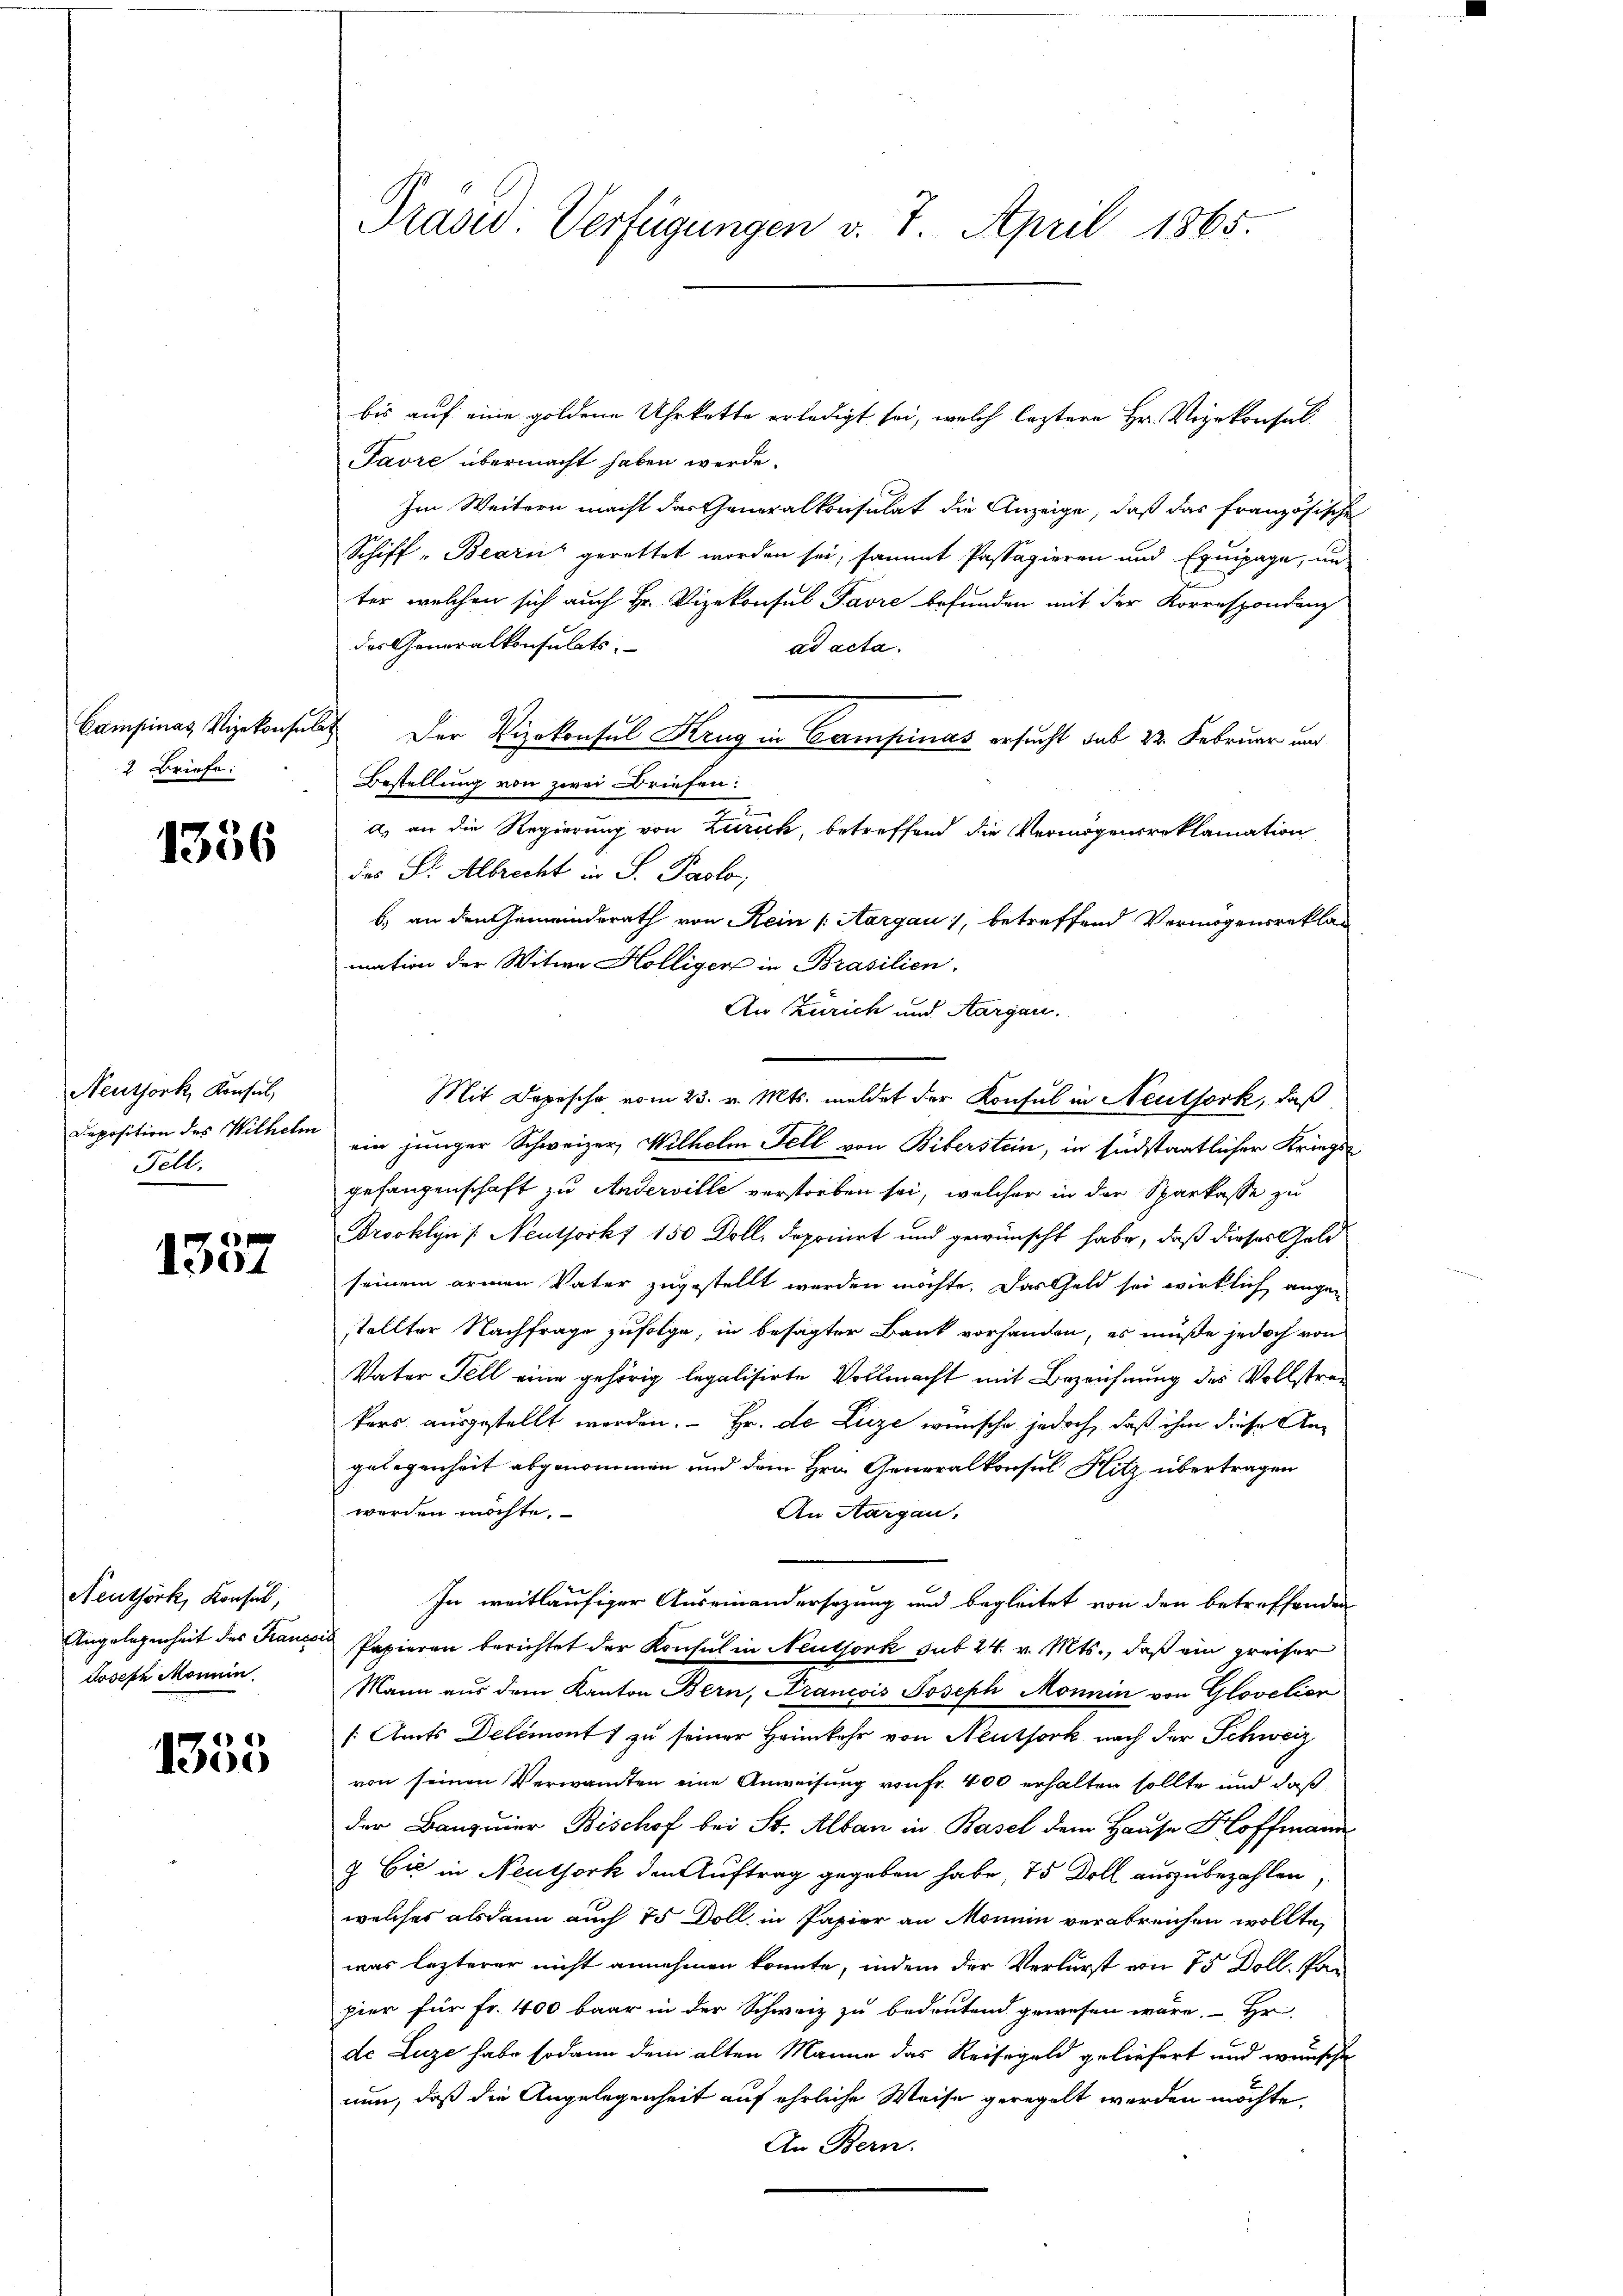
2 Briefe:

1356

Neuthork, Konsul
Fell.

1357

Neuthörk, Konsul,
Joseph Monnin.

1355

bis auf eine goldene Uhrkette erledigt sei, welch leztere Hr. Vizekonsul
Favre übermacht haben werde.
Im Weitern macht das Generalkonsulat die Anzeige, daß das französische
Schiff-Bearn gerettet worden sei, sammt Passagieren und Equipage, un
ter, welchen sich auch Hr. Vizekonsul Favre befunden mit der Korrespondenz
des Generalkonsulats.
ad acta.
Campinas Vizekonsuls Der Vizekonsul Krug in Campinas ersucht sub 22. Februar und
Bestellung von zwei Briefen:
a) an die Regierung von Zürich, betreffend die Vermögensroklamation
des Dr. Albrecht in S. Paolo,
b.) an den Gemeinderath von Rein (Aargau), betreffend Vermögensreklag
mation der Witwe Hölligen in Brasilien.
An Zürich und Aargau.
Mit Depesche vom 23. v. Mts. meldet der Konsul in Neuthork, daß
Deposition des Wilhelm ein junger Schweizer, Wilhelm Fell von Biberstein, in Eidstaatlicher Kriegsgefangenschaft zu Anderville verstorben sei, welcher in der Sparkasse zu
Brooklyn /: Neuthorks 150 Doll, deponirt und gewünscht habe, daß dieses Geld
seinem armen Vater zugestellt werden möchte. Das Geld sei wirklich angestellter Nachfrage zufolge, in besagter Bank vorhanden, es müße jedoch von
Vater Fell eine gehörig legalisirte Vollmacht mit Bezeichnung des Vollstrakers ausgestellt worden. - Fr. de Luze wünsche jedoch, daß ihm diese Angelegenheit abgenommen und dem Hrn. Generalkonsul Hitz übertragen
werden möchte.
An Aargau.
In weitläufiger Auseinandersezung und begleitet von den betreffenden
Angelegenheit des Francore Papieren berichtet der Konsul in Neuthork sub 24. v. Mts., daß ein preiser
Mann aus dem Kanton Bern, Krancois Joseph Monnin von Glovelion
(Amts Delémont 1 zu seiner Heimkehr von Neuthork nach der Schweiz
von seinen Verwandten eine Anweisung von Fr. 400 erhalten sollte und daß
der Banquier Bischof bei St. Alban in Basel dem Hause Hoffmann
7 bis in Neuthork den Auftrag gegeben habe, 75 Doll auszubezahlen,
welches alsdann auch 15 Doll in Papier an Monnin verabreichen wollte,
was lezterer nicht annehmen könnte, indem der Verlurst von 75 Doll, Pan
pier für Fr. 400 baar in der Schweiz zu bedeutend gewesen wäre. Hr
de Luze habe sodann dem alten Manne das Reisegeld geliefert und wünsche
nun, daß die Angelegenheit auf ehrliche Weise geregelt werden möchte.
An Bern.

Präsid. Verfügungen v. 7. April 1865.